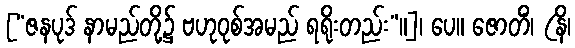
[“ဇနပုဒ် နာမည်တို့၌ ဗဟုဝုစ်အမည် ရရိုးတည်း”။]၊ ပေ။ ဇောတိံ၊ (နိ၊